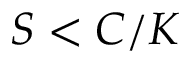
S < C / K